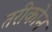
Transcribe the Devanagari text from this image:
तरीकोन